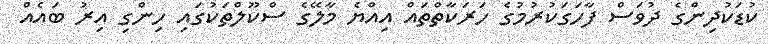
ކުޑަކުދިންގެ ދުވަސް ފާހަގަކުރުމުގެ ހަރަކާތްތައް އިއްޔެ މާލޭގެ ސްކޫލްތަކުގައި ހިންގި އިރު ބައެއް